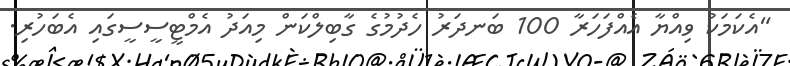
"އެކަމަކު ވިއްޔާ އެއްފަހަރާ 100 ބަނދަރު ހެދުމުގެ ގާބިލްކަން މިއަދު އެމްޓީސީސީގައި އެބަހުރި.